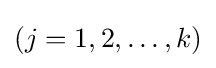
(j=1,2,\dots ,k)